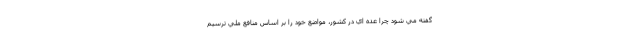
گفته مي شود چرا عده اي در كشور، مواضع خود را بر اساس منافع ملي ترسيم